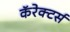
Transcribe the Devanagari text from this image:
कॅरेक्टर्स